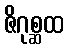
ဇိဂုစ္ဆထ